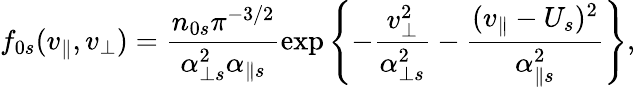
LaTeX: f_{0s}(v_{\parallel},v_{\perp})=\frac{n_{0s}\pi^{-3/2}}{\alpha_{\perp s}^{2}\alpha_{\parallel s}}\exp\Bigg\{ {-\frac{v_{\perp}^{2}}{\alpha_{\perp s}^{2}}-\frac{(v_{\parallel}-U_{s})^{2}}{\alpha_{\parallel s}^{2}}}\Bigg\} ,